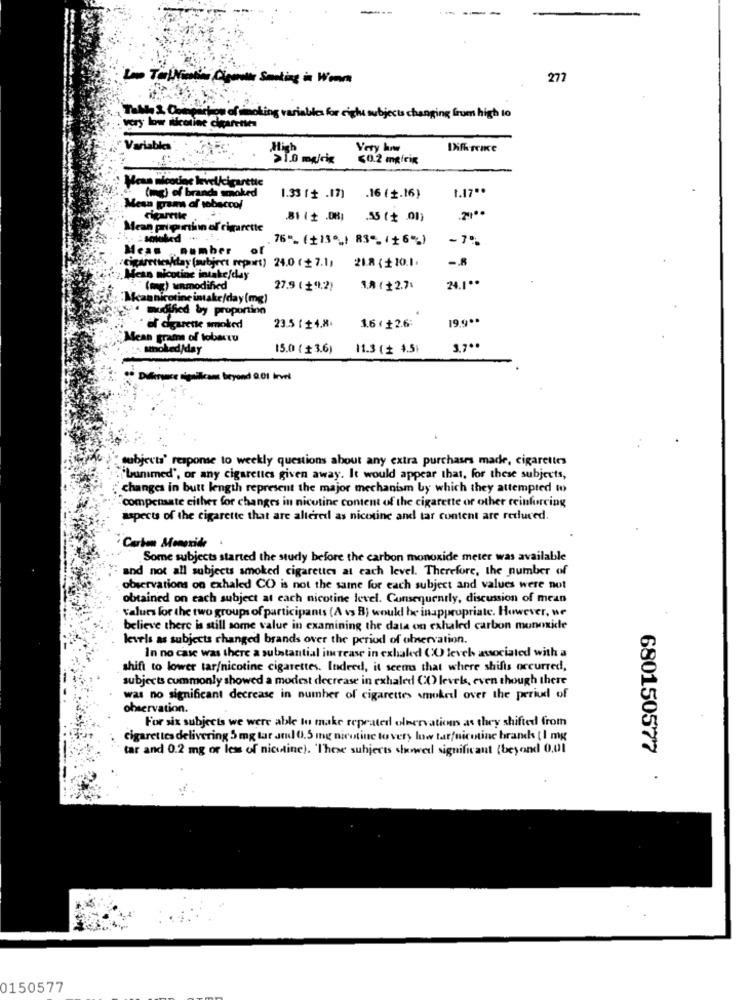
-
Lino Tol Mination Cigarette Smoking is Weare
277
Tally & Conquertion of smoking variables for right subjects changing from high to
very low nicotine cigarettes
Variables
High
Very how
50.2 mgfrig
Mesa nicotine level/cigarette
1.17 **
(mg) of brands smok
1.33 (+ .17)
.16 (+.16)
Mesa grams of tobacco!
.55 (+ .01)
Mean pri portion of cigarette
76"_ (+13º_) 83"(+6%)
-75
Meas . number
cigarettesklay [subject report)
24.0 ( £ 7.1)
21.8 ( +10.1.
Mean nicotine intake/day
24.1 **
"(mg) unmodified
27.9 ( +"1.2)
3.A ( +2.7:
nicotine intake/day (mg)
modified by proportion
199 **
. el diarette smoked
23.5 ( +4.8.
1.6 ( +2.6:
Mean grams of tobastu
smoked/day
15.0 ( +3.6)
11.3 ( 4.51
Difference significant beyond 0.01 Invel
ubjects' response to weekly questions about any extra purchases made, cigarettes
"bummed", or any cigarettes given away. It would appear that, for these subjects,
changes in butt length represent the major mechanism by which they attempted to
compensate cither for changes in nicotine content of the cigarette or other reinforcing
aspects of the cigarette that are altered as nicotine and tar content are reduced.
Carbon Monoxide .
Some subjects started the study before the carbon monoxide meter was available
and not all subjects smoked cigarettes at each level. Therefore, the number of
observations on exhaled CO is not the same for each subject and values were not
obtained on each subject at each nicotine level. Consequently, discussion of mean
values for the two groups of participants (A vs B; would be inappropriate. However, ne
believe there is still some value in examining the data on exhaled carbon monoxide
levels as subjects changed brands over the period of obervation.
In no case was there a substantial increase in exhaled (O level associated with a
shift to lower tar/nicotine cigarettes. Indeed, it seems that where shifts occurred,
subjects cummonly showed a modest decrease in exhaled CO levels, even though there
was no significant decrease in number of cigarettes smoked over the period of
observation.
For six subjects we were able to make repeated olservations as they shifted from
cigarettes delivering 5 mg tar and 0.5 mg nicotine to very low tar/nicotine brands [ I mg
tar and 0.2 mg or less of nicotine). 'These subjects showed significant (beyond 0,01
680150577
.
0150577